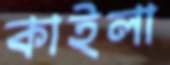
কাইলা